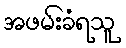
အဖမ်းခံရသူ